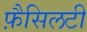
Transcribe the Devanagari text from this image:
फ़ैसिलटी